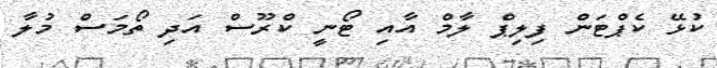
ކުޅޭ ކެޕްޓަން ފިލިޕް ލާމް އާއި ޓޯނީ ކްރޫސް އަދި ތޯމަސް މުލާ